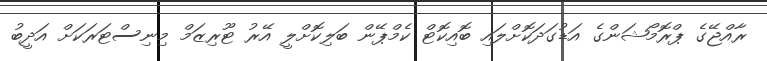
ރާއްޖޭގެ ޕްރޮމޯޝަންގެ އަޑުގަދަކޮށްލައި ބޮއިކޮޓް ކެމްޕޭން ބަލިކޮށްލީ އޭރު ޓޫރިޒަމް މިނިސްޓަރަކަށް އަދީބު